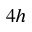
_ { 4 h }